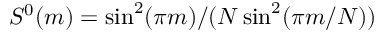
S ^ { 0 } ( m ) = \sin ^ { 2 } ( \pi m ) / ( N \sin ^ { 2 } ( \pi m / N ) )